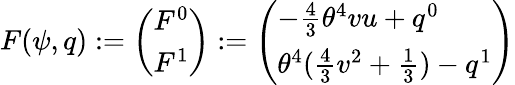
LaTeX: \begin{array}{r}{F(\psi,q):=\left(\begin{array}{l}{F^{0}}\\ {F^{1}}\end{array}\right):=\left(\begin{array}{l}{-\frac{4}{3}\theta^{4}vu+q^{0}}\\ {\theta^{4}(\frac{4}{3}v^{2}+\frac{1}{3})-q^{1}}\end{array}\right)}\end{array}